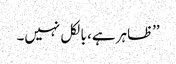
’’ظاہر ہے، بالکل نہیں۔